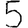
Digit: 5